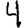
Digit: 4